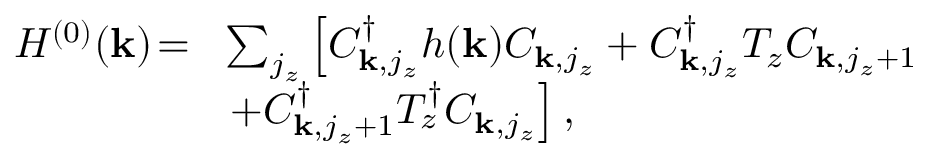
\begin{array} { r l } { H ^ { ( 0 ) } ( { \bf k } ) \! = \! } & { \sum _ { j _ { z } } \left[ C _ { { \bf k } , j _ { z } } ^ { \dagger } h ( { \bf k } ) C _ { { \bf k } , j _ { z } } + C _ { { \bf k } , j _ { z } } ^ { \dagger } T _ { z } C _ { { \bf k } , j _ { z } + 1 } \right. } \\ & { \left. + C _ { { \bf k } , j _ { z } + 1 } ^ { \dagger } T _ { z } ^ { \dagger } C _ { { \bf k } , j _ { z } } \right] , } \end{array}